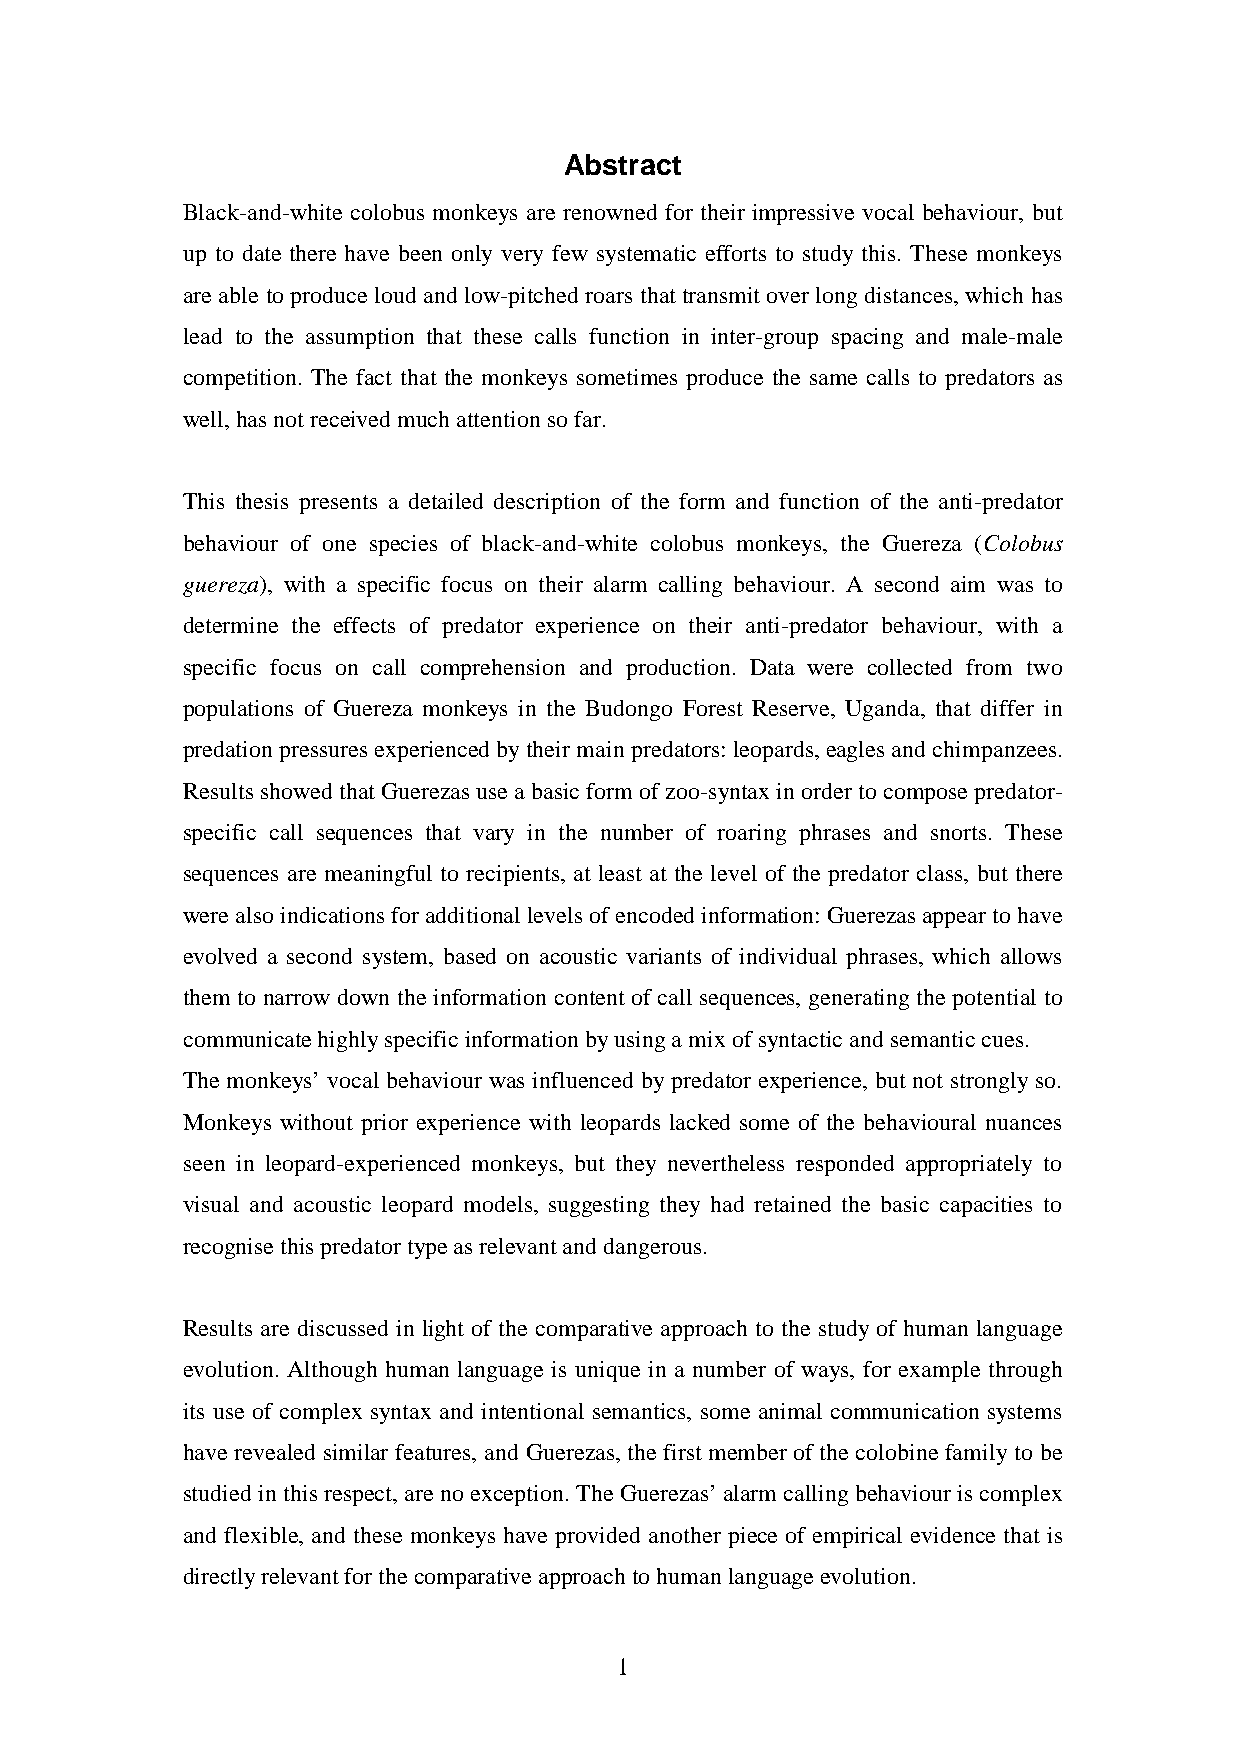
Abstract
 Black-and-white colobus monkeys are renowned for their impressive vocal behaviour, but
 up to date there have been only very few systematic efforts to study this. These monkeys
 are able to produce loud and low-pitched roars that transmit over longdistances, which has
 lead to the assumption that these calls function in inter-group spacing and male-male
 competition. The fact that the monkeys sometimes produce the same calls to predators as
 well,hasnotreceivedmuchattentionsofar.
 This thesis presents a detailed description of the form and function of the anti-predator
 behaviour of one species of black-and-white colobus monkeys, the Guereza (Colobus
 guereza), with a specific focus on their alarm calling behaviour. A second aim was to
 determine the effects of predator experience on their anti-predator behaviour, with a
 specific focus on call comprehension and production. Data were collected from two
 populations of Guereza monkeys in the Budongo Forest Reserve, Uganda, that differ in
 predationpressuresexperiencedbytheirmainpredators: leopards,eaglesandchimpanzees.
 Resultsshowedthat Guerezasuse a basicform ofzoo-syntaxinorder tocompose predator-
 specific call sequences that vary in the number of roaring phrases and snorts. These
 sequences are meaningful to recipients, at least at the level of the predator class, but there
 werealsoindicationsfor additionallevelsofencodedinformation:Guerezasappeartohave
 evolved a second system, based on acoustic variants of individual phrases, which allows
 them to narrow down the information content of call sequences, generating the potential to
 communicatehighlyspecificinformationbyusingamixofsyntacticandsemanticcues.
 The monkeys’ vocal behaviour was influenced bypredator experience, but not stronglyso.
 Monkeys without prior experience with leopards lacked some of the behavioural nuances
 seen in leopard-experienced monkeys, but they nevertheless responded appropriately to
 visual and acoustic leopard models, suggesting they had retained the basic capacities to
 recognisethispredatortypeasrelevantanddangerous.
 Results are discussed in light of the comparative approach to the study of human language
 evolution. Although human language is unique in a number of ways, for example through
 its use of complex syntax and intentional semantics, some animal communication systems
 have revealed similar features, and Guerezas, the first member of the colobine familyto be
 studiedinthisrespect,are noexception.The Guerezas’ alarm callingbehaviour iscomplex
 and flexible, and these monkeys have provided another piece of empirical evidence that is
 directlyrelevantforthecomparativeapproachtohumanlanguageevolution.
 1